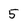
Character: 5